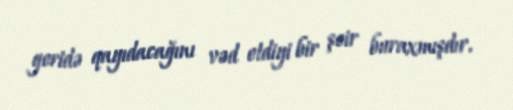
geridə qayıdacağını vəd etdiyi bir şeir buraxmışdır.